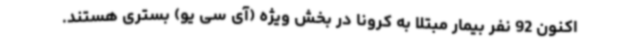
اکنون 92 نفر بیمار مبتلا به کرونا در بخش ویژه (آی سی یو) بستری هستند.